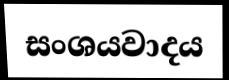
සංශයවාදය